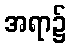
အရာ၌